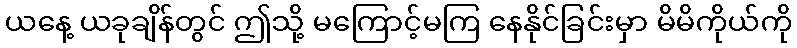
ယနေ့ ယခုချိန်တွင် ဤသို့ မကြောင့်မကြ နေနိုင်ခြင်းမှာ မိမိကိုယ်ကို